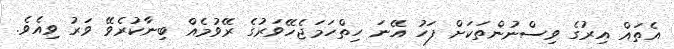
އެތައް އިރުގެ ވިސްނުންތަކަށް ފަހު އޭނަ ހިތްހަމަޖެހޭވަރުގެ ރޭވުމެއް ބިނާކުރެވޭ ވަރު ވިއެވެ.